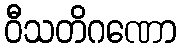
ဝီသတိဂဏော